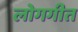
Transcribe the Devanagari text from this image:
लोगगीत